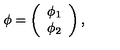
\phi = \left( \begin{array} { c } { \phi _ { 1 } } \\ { \phi _ { 2 } } \\ \end{array} \right) ,